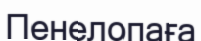
Пенелопаға